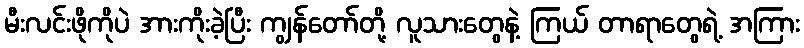
မီးလင်းဖိုကိုပဲ အားကိုးခဲ့ပြီး ကျွန်တော်တို့ လူသားတွေနဲ့ ကြယ် တာရာတွေရဲ့ အကြား